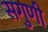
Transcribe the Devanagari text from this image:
सगुणी